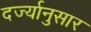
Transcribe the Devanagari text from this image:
दर्ज्यानुसार